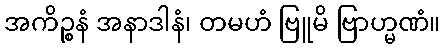
အကိဉ္စနံ အနာဒါနံ၊ တမဟံ ဗြူမိ ဗြာဟ္မဏံ။